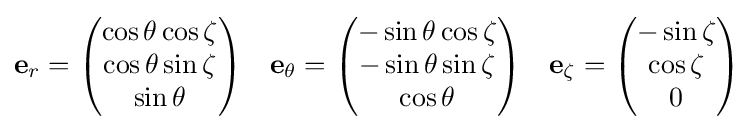
\mathbf {e} _{r}={\begin{pmatrix}\cos \theta \cos \zeta \\\cos \theta \sin \zeta \\\sin \theta \end{pmatrix}}\quad \mathbf {e} _{\theta }={\begin{pmatrix}-\sin \theta \cos \zeta \\-\sin \theta \sin \zeta \\\cos \theta \end{pmatrix}}\quad \mathbf {e} _{\zeta }={\begin{pmatrix}-\sin \zeta \\\cos \zeta \\0\end{pmatrix}}